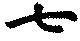
七